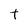
Character: t